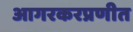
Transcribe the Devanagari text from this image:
आगरकरप्रणीत